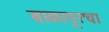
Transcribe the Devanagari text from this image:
बाळापूरचा